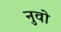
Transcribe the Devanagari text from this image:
नुवो